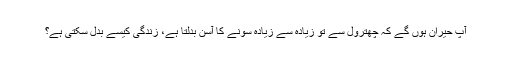
آپ حیران ہوں گے کہ چھترول سے تو زیادہ سے زیادہ سونے کا آسن بدلتا ہے، زندگی کیسے بدل سکتی ہے؟